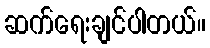
ဆက်ရေးချင်ပါတယ်။